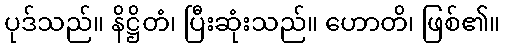
ပုဒ်သည်။ နိဋ္ဌိတံ၊ ပြီးဆုံးသည်။ ဟောတိ၊ ဖြစ်၏။